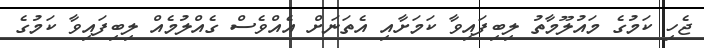
ޖެހި ކަމުގެ މައުލޫމާތު ލިބިފައިވާ ކަމަށާއި އެތަނަށް އެއްވެސް ގެއްލުމެއް ލިބިފައިވާ ކަމުގެ